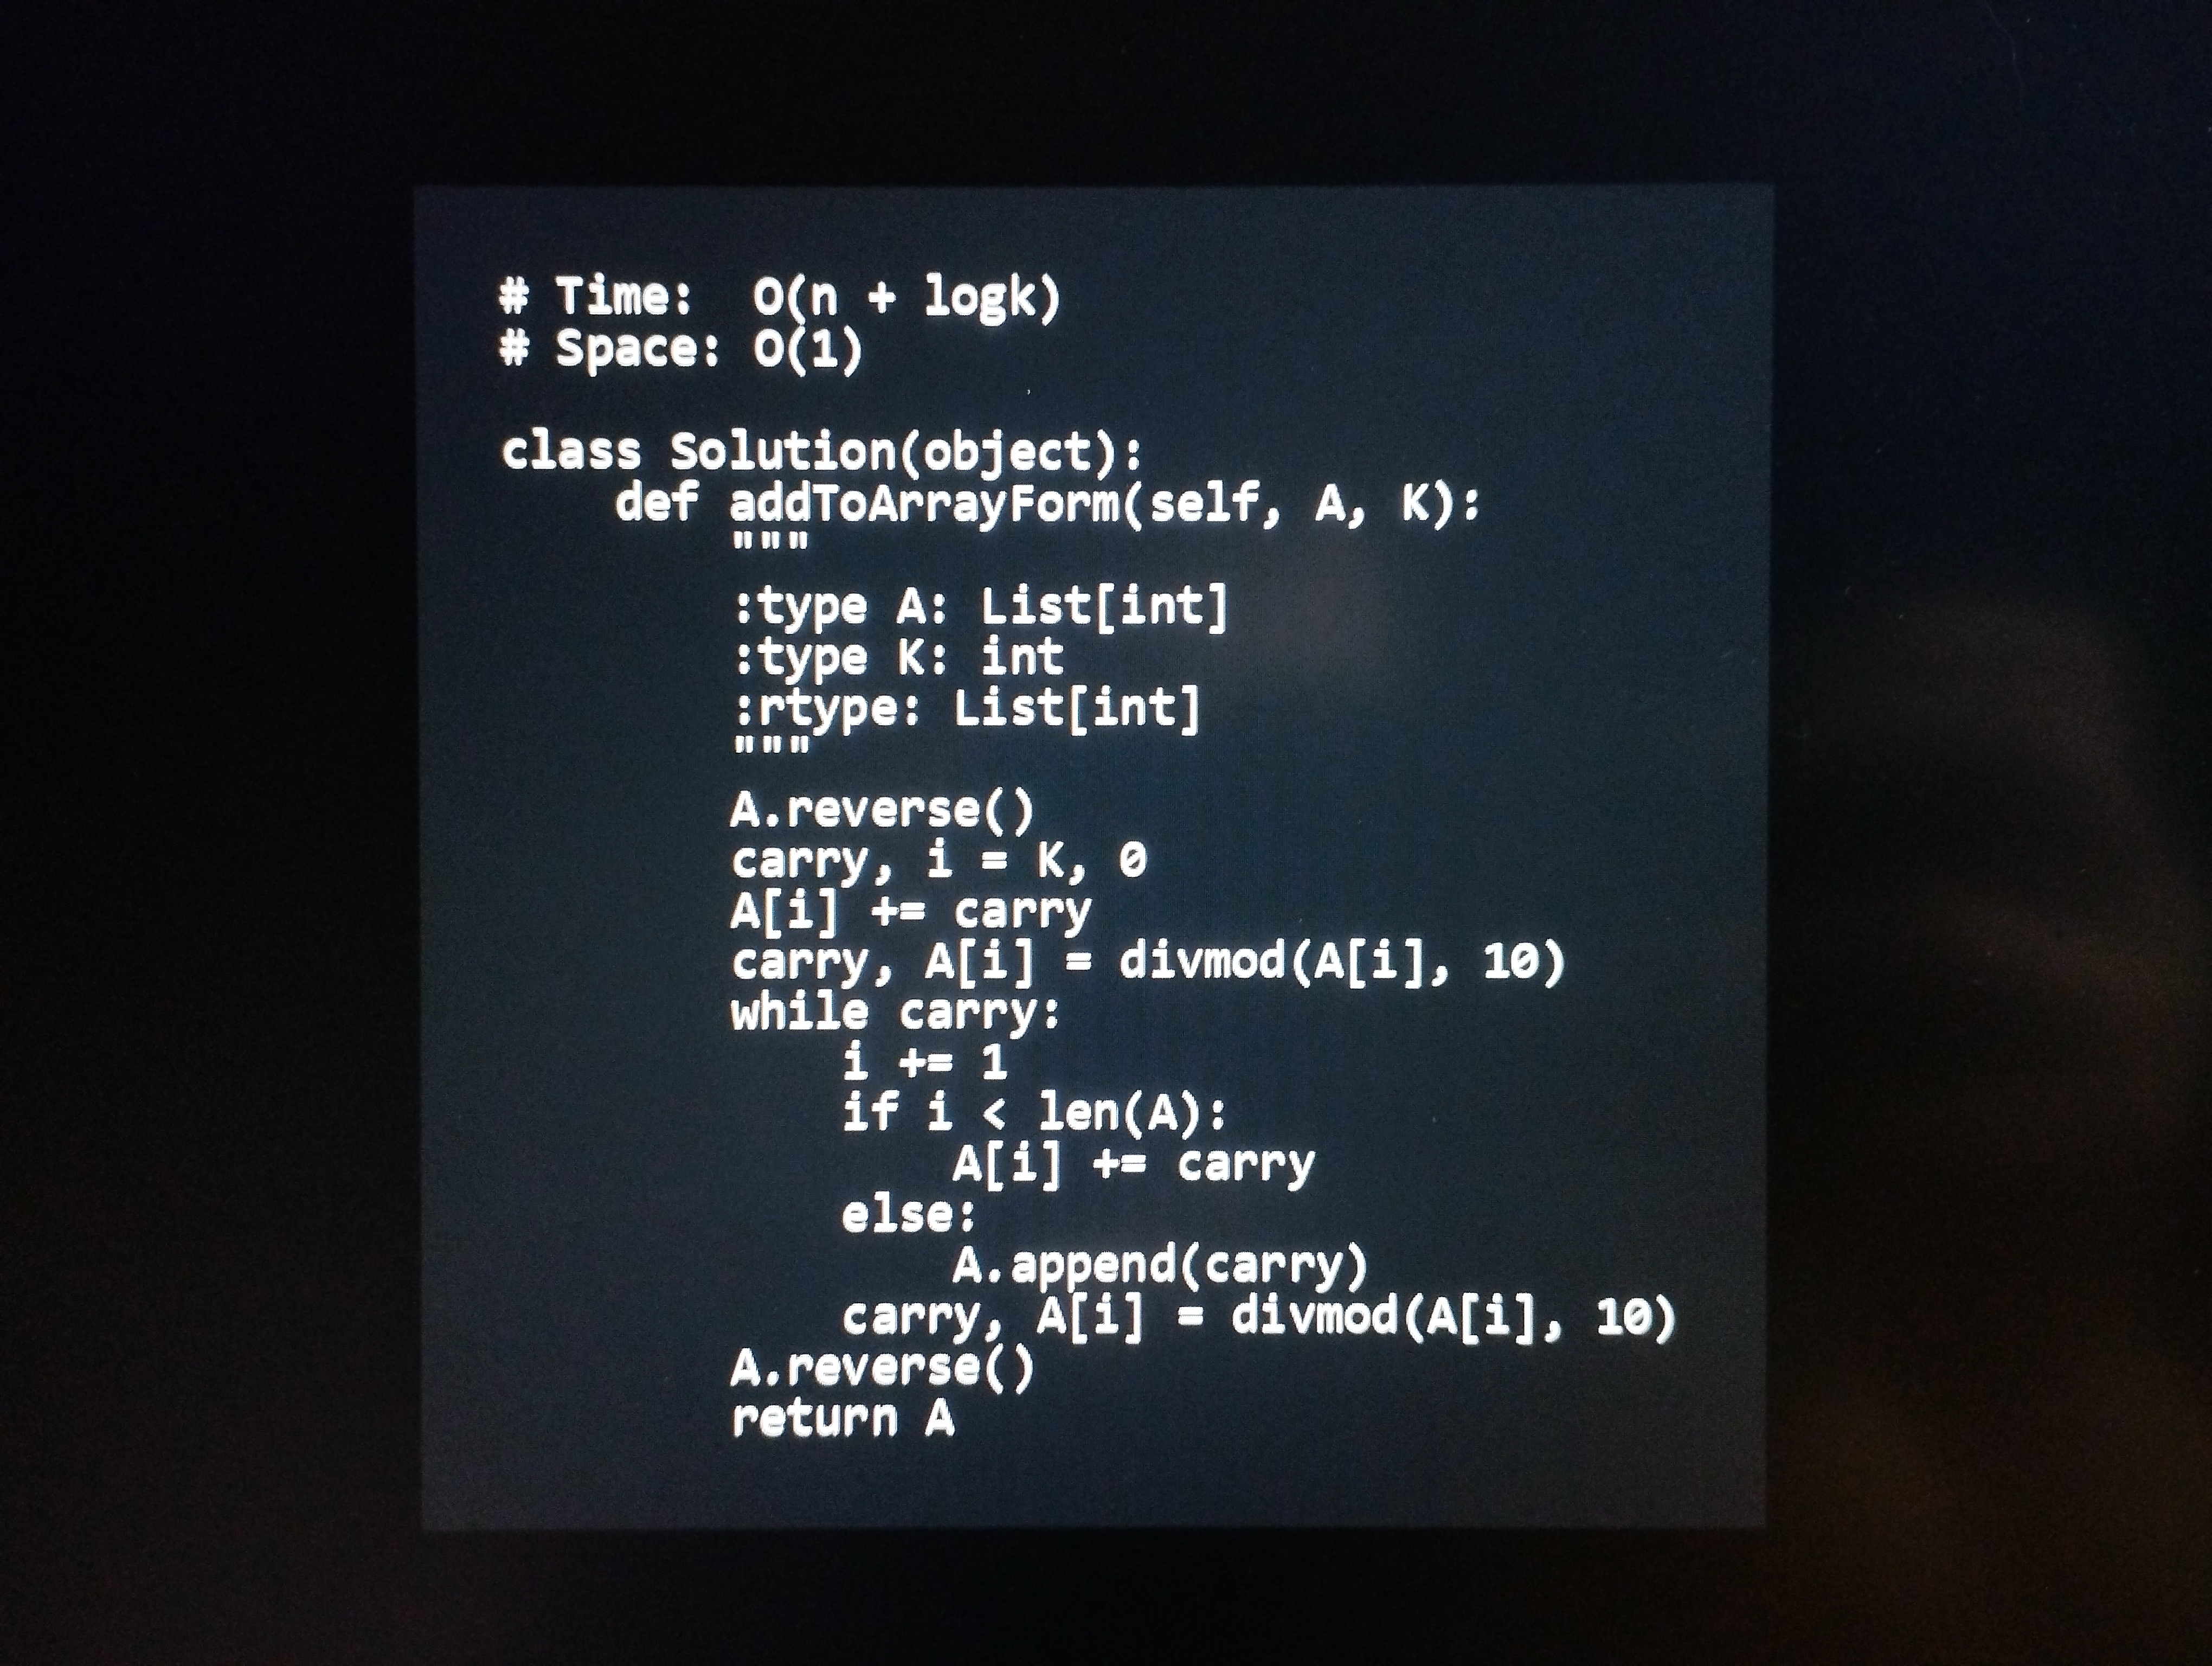
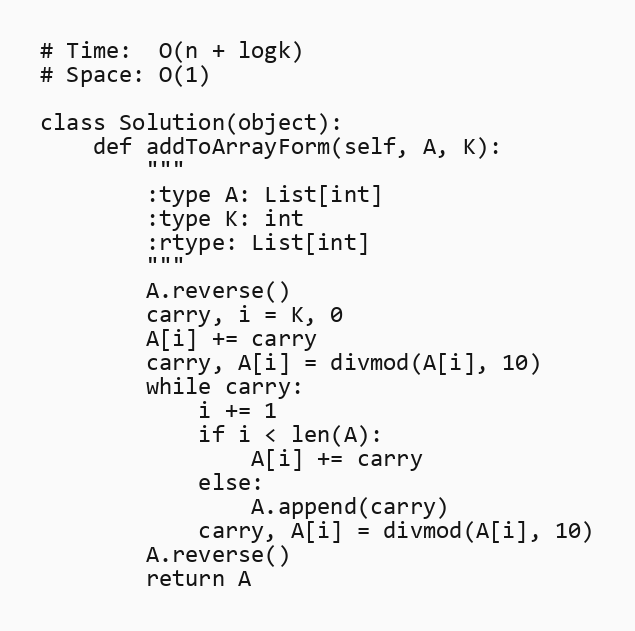
# Time:  O(n + logk)
# Space: O(1)

class Solution(object):
    def addToArrayForm(self, A, K):
        """
        :type A: List[int]
        :type K: int
        :rtype: List[int]
        """
        A.reverse()
        carry, i = K, 0
        A[i] += carry
        carry, A[i] = divmod(A[i], 10)
        while carry:
            i += 1
            if i < len(A):
                A[i] += carry
            else:
                A.append(carry)
            carry, A[i] = divmod(A[i], 10)
        A.reverse()
        return A